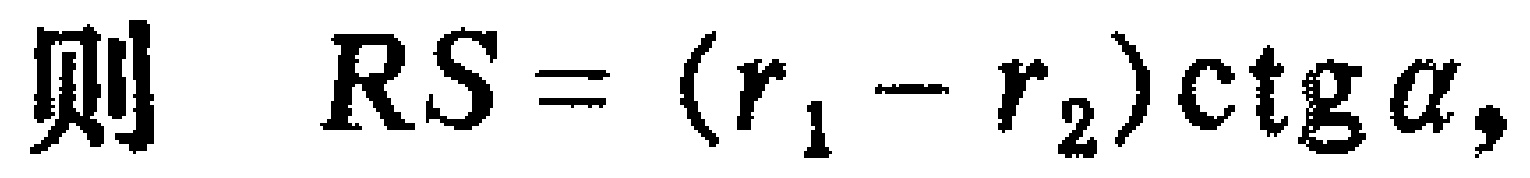
则 \(RS = (r_1 - r_2)\mathrm{ctg}\alpha,\)